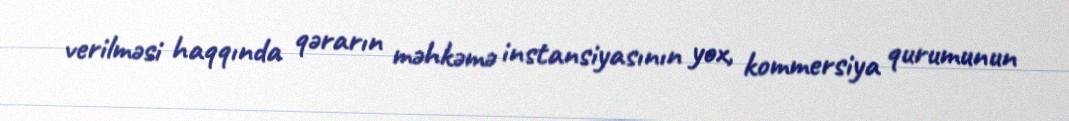
verilməsi haqqında qərarın məhkəmə instansiyasının yox, kommersiya qurumunun